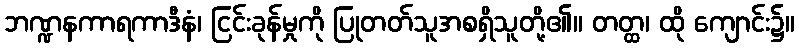
ဘဏ္ဍနကာရကာဒီနံ၊ ငြင်းခုန်မှုကို ပြုတတ်သူအစရှိသူတို့၏။ တတ္ထ၊ ထို ကျောင်း၌။